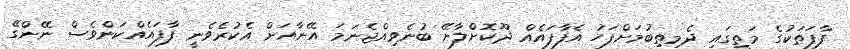
ފާފަތަކުގެ މަތީގައި ދެމިތިބުމަށްފަހު އެފާފައެއް ދޫކޮށްލާށޭ ބުނެވިއްޖެނަމަ އޭނާއަށް އެކުރެވެނީ ފާފައެއްކަންވެސް ނޭންގޭ